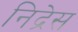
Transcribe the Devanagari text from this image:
निद्रेस